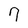
Character: 9